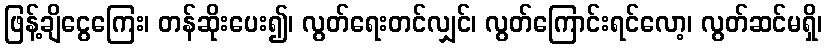
ဖြန့်ချိငွေကြေး၊ တန်ဆိုးပေး၍၊ လွတ်ရေးတင်လျှင်၊ လွတ်ကြောင်းရင်လော့၊ လွတ်ဆင်မရှိ၊